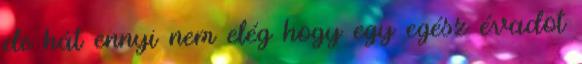
de hát ennyi nem elég hogy egy egész évadot